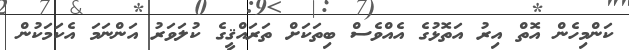
ކަންމިހެން އޮތް އިރު އަތޮޅުގެ އެއްވެސް ބިތަކަށް ތަރައްޤީގެ ކުލަވަރު އަންނަމަ އެކަމަކުން